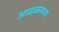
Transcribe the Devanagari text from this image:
आढळायचा